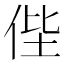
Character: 𠈺